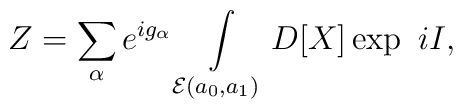
Z = \sum\limits_{\alpha}e^{ig_{\alpha}}              \int\limits_{{\cal E}(a_0,a_1)}               D[X]\exp\ iI,